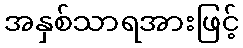
အနှစ်သာရအားဖြင့်